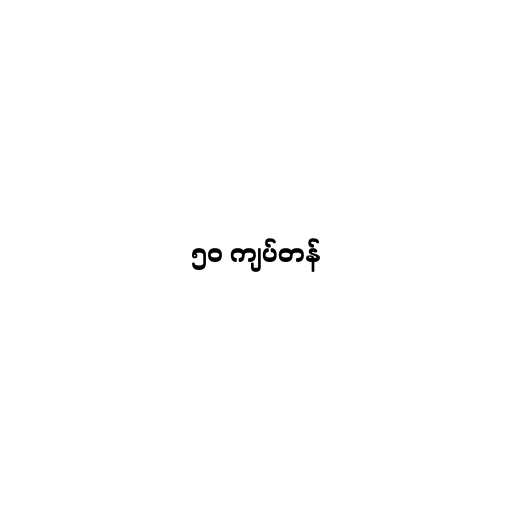
၅၀ ကျပ်တန်